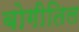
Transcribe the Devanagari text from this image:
बोगीतिल